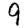
Digit: 9